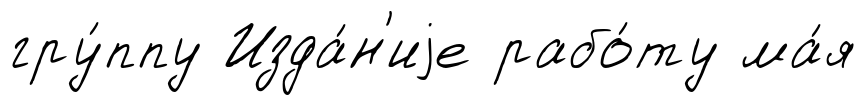
гру́ппу Изда́н'иjе рабо́ту ма́я